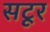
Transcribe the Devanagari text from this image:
सटूर